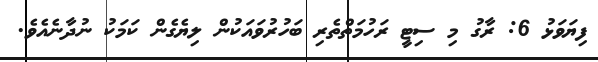
ފިޔަވަޅު 6: ރާގު މި ސިޓީ ރަހުމަތްތެރި ބަހުރުވައަކުން ލިޔެގެން ކަމަކު ނުދާނެއެވެ.